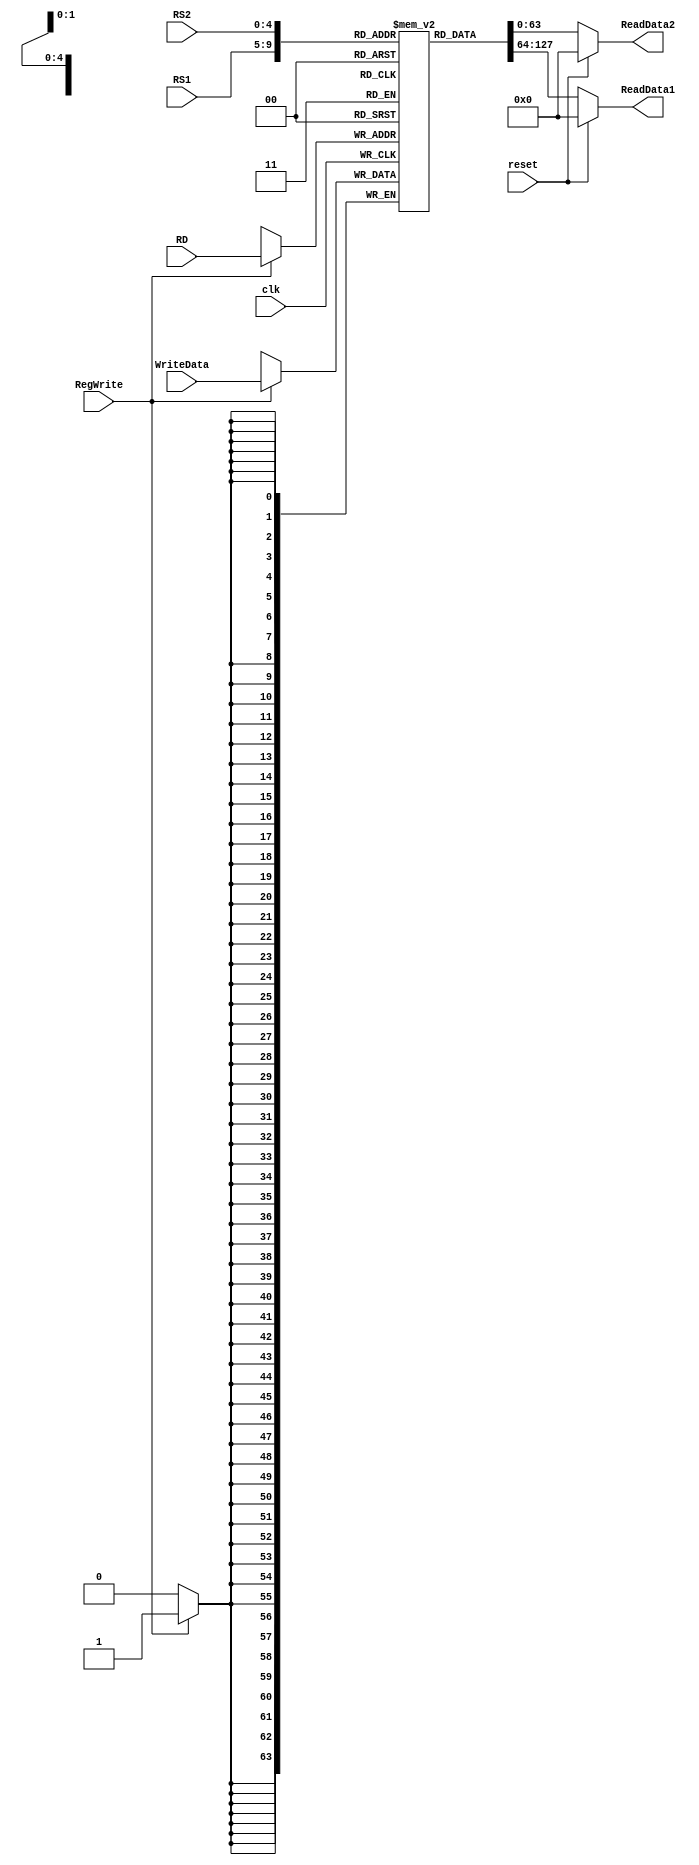
`timescale 1ns / 1ps

module registerFile  (    
    input [63:0] WriteData, input [4:0] RS1, input [4:0] RS2,   
    input [4:0] RD,   
    input RegWrite,   
    input clk,   
    input reset,   
    output reg [63:0] ReadData1,   
    output reg [63:0] ReadData2  
);   

reg [63:0] Registers [31:0];
integer i;
initial
begin
//    Registers[0] <= 0;
    for (i = 0; i < 32; i = i + 1)
        Registers[i] <= i;
end

always @(negedge clk)
begin
    if (RegWrite)
        Registers[RD] = WriteData;
end

always @(*)
begin
    if (reset)
     begin
        ReadData1 = 0;
        ReadData2 = 0;
     end
     else
        begin
            ReadData1 = Registers[RS1];
            ReadData2 = Registers[RS2];
        end
end


endmodule